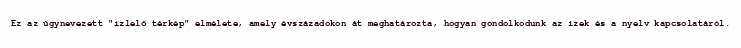
Ez az úgynevezett "ízlelő térkép" elmélete, amely évszázadokon át meghatározta, hogyan gondolkodunk az ízek és a nyelv kapcsolatáról.